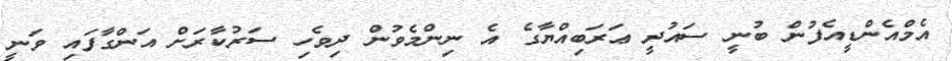
އެމްއެންޑީއެފުން ބުނީ ސައުދީ ޢަރަބިއްޔާގެ އެ ނިންމެވުން ދިވެހި ސަރުކާރަށް އަންގާފައި ވަނީ